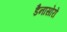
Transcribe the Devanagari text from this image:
डैनासोरों